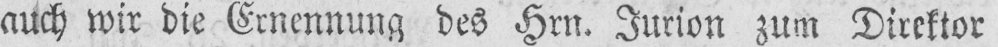
auch wir die Ernennung des Hrn. Jurion zum Direktor